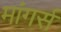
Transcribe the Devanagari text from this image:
मांगर्स